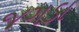
જગડા